Reports on military cantonments and civil stations in the Presidency of Bombay inspected by the Sanitary Commissioner in the years 1875 and 1876
Year: 1875
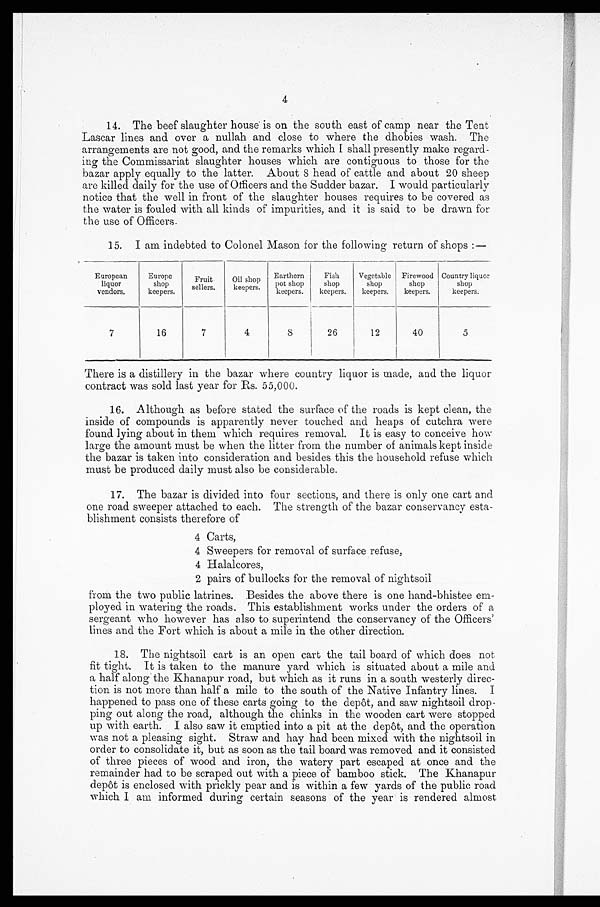
4
14. The beef slaughter house is on the south east of camp near the Tent
Lascar lines and over a nullah and close to where the dhobies wash. The
arrangements are not good, and the remarks which I shall presently make regard-
ing the Commissariat slaughter houses which are contiguous to those for the
bazar apply equally to the latter. About 8 head of cattle and about 20 sheep
are killed daily for the use of Officers and the Sudder bazar. I would particularly
notice that the well in front of the slaughter houses requires to be covered as
the water is fouled with all kinds of impurities, and it is said to be drawn for
the use of Officers.
15. I am indebted to Colonel Mason for the following return of shops :—
European
liquor
vendors.
Europe
shop
keepers.
Fruit
sellers.
Oil shop
keepers.
Earthern
pot shop
keepers.
Fish
shop
keepers.
Vegetable
shop
keepers.
Firewood
shop
keepers.
Country liquor
shop
keepers.
7
16
7
4
8
26
12
40
5
There is a distillery in the bazar where country liquor is made, and the liquor
contract was sold last year for Rs. 55,000.
16. Although as before stated the surface of the roads is kept clean, the
inside of compounds is apparently never touched and heaps of cutchra were
found lying about in them which requires removal. It is easy to conceive how
large the amount must be when the litter from the number of animals kept inside
the bazar is taken into consideration and besides this the household refuse which
must be produced daily must also be considerable.
17. The bazar is divided into four sections, and there is only one cart and
one road sweeper attached to each. The strength of the bazar conservancy esta-
blishment consists therefore of
4 Carts,
4 Sweepers for removal of surface refuse,
4 Halalcores,
2 pairs of bullocks for the removal of nightsoil
from the two public latrines. Besides the above there is one hand-bhistee em-
ployed in watering the roads. This establishment works under the orders of a
sergeant who however has also to superintend the conservancy of the Officers'
lines and the Fort which is about a mile in the other direction.
18. The nightsoil cart is an open cart the tail board of which does not
fit tight. It is taken to the manure yard which is situated about a mile and
a half along the Khanapur road, but which as it runs in a south westerly direc-
tion is not more than half a mile to the south of the Native Infantry lines.
I happened to pass one of these carts going to the depôt, and saw nightsoil drop-
ping out along the road, although the chinks in the wooden cart were stopped
up with earth. I also saw it emptied into a pit at the depôt, and the operation
was not a pleasing sight. Straw and hay had been mixed with the nightsoil in
order to consolidate it, but as soon as the tail board was removed and it consisted
of three pieces of wood and iron, the watery part escaped at once and the
remainder had to be scraped out with a piece of bamboo stick. The Khanapur
depôt is enclosed with prickly pear and is within a few yards of the public road
which I am informed during certain seasons of the year is rendered almost